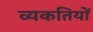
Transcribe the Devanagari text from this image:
व्यकतियों